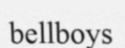
bellboys